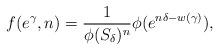
LaTeX: \begin{align*}f(e^{\gamma},n)=\frac{1}{\phi(S_{\delta})^{n}}\phi(e^{n\delta-w(\gamma)}),\end{align*}